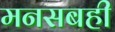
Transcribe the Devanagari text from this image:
मनसबही